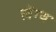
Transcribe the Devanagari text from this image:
लेंग्थ